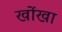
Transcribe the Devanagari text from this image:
खोंखा